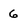
Character: 6